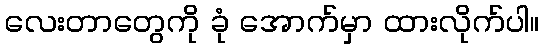
လေးတာတွေကို ခုံ အောက်မှာ ထားလိုက်ပါ။